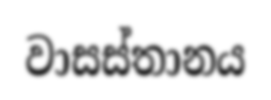
වාසස්තානය